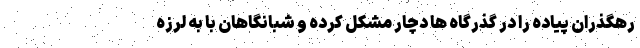
رهگذران پیاده را در گذرگاه ها دچار مشکل کرده و شبانگاهان با به لرزه